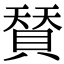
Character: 𮚌